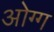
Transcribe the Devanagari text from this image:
ओग्ग